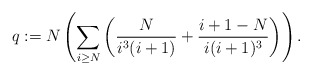
\begin{align*}q:=N \left( \sum_{i \geq N} \left(\frac{N}{i^3(i+1)}+ \frac{i+1-N}{i(i+1)^3}\right) \right). \end{align*}